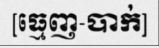
[ធ្មេញ-បាក់]